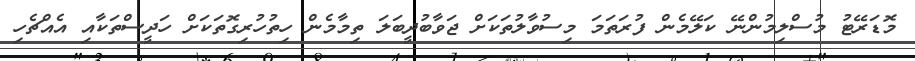
މޮޑަރޭޓު މުސްލިމުންނޭ ކަލޭމެން ފުރަތަމަ މިސުވާލުތަކަށް ޖަވާބުދީބަލަ ތިމާމެން ހިތުހުރިގޮތަކަށް ހަދީސްތަކާއި އެއްޗެހި